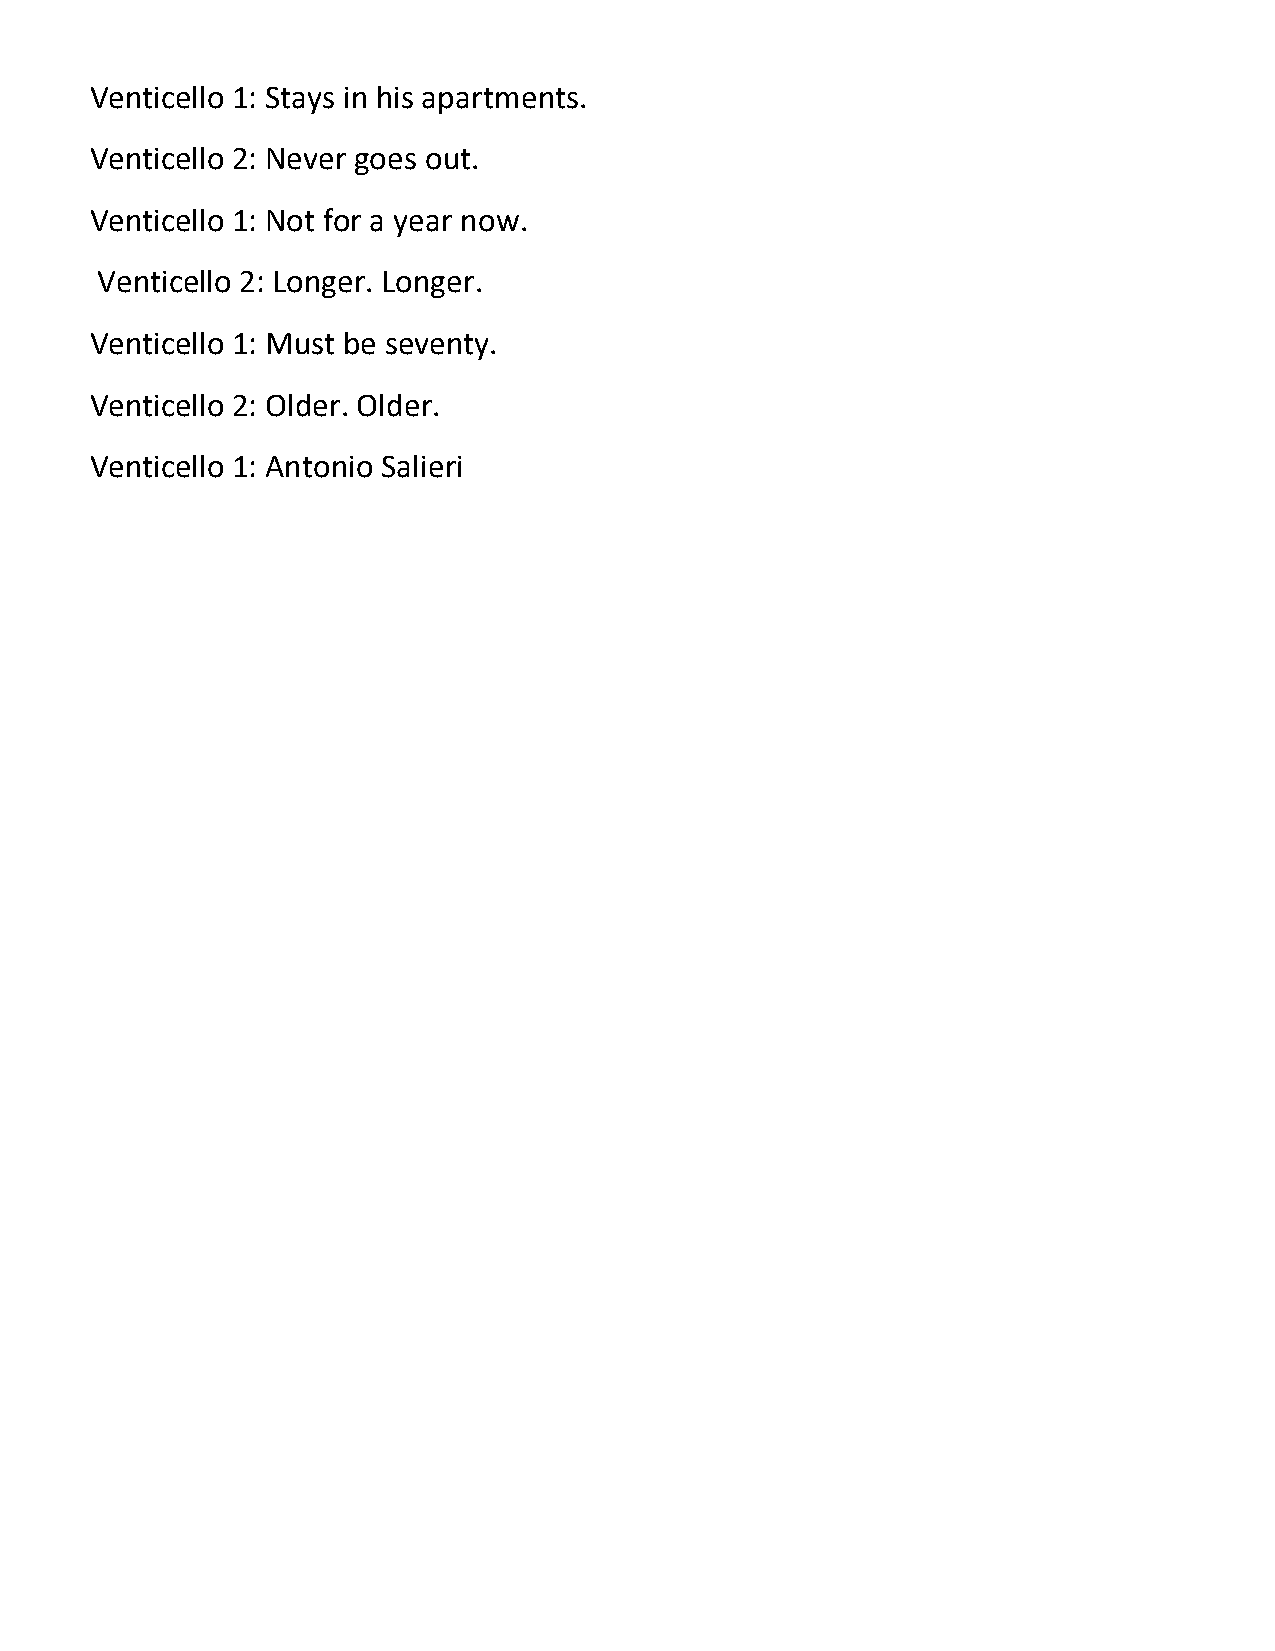
Venticello 1: Stays in his apartments.
 Venticello 2: Never goes out.
 Venticello 1: Not for a year now.
 Venticello 2: Longer. Longer.
 Venticello 1: Must be seventy.
 Venticello 2: Older. Older.
 Venticello 1: Antonio Salieri